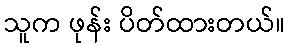
သူက ဖုန်း ပိတ်ထားတယ်။